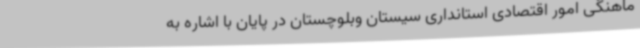
ماهنگی امور اقتصادی استانداری سیستان وبلوچستان در پایان با اشاره به